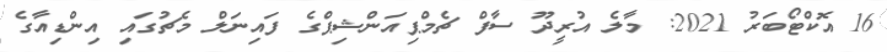
16 އޮކްޓޯބަރު 2021: މާލެ އުރީދޫ ސާފް ޗެމްޕިއަންޝިޕްގެ ފައިނަލް މެޗުގައި އިންޑިއާގެ